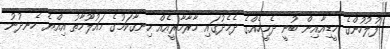
ފުލުހުންގެ މީޑިއާއިން ބުނީ ދެމީހެއްގެ ދެމެދުގައި މާރާމާރީއެއް ހިނގާކަމުގެ މައުލޫމާތު އިއްޔެ ހެނދުނު